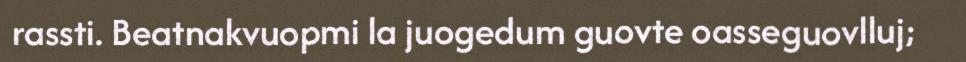
rassti. Beatnakvuopmi la juogedum guovte oasseguovlluj;